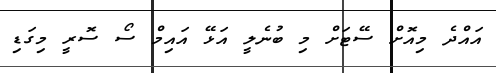
އައްދެ މިއޮށް ސޭޓަަށް މި ބުނެލީީ އަޅޭ އައިމް ސޯ ސޮރީ މިގަޑި